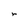
Character: r